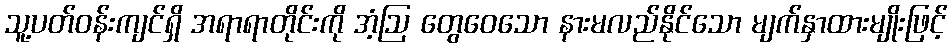
သူ့ပတ်ဝန်းကျင်ရှိ အရာရာတိုင်းကို အံ့ဩ တွေဝေသော နားမလည်နိုင်သော မျက်နှာထားမျိုးဖြင့်